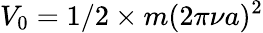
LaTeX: V_{0}=1/2\times m(2\pi\nu a)^{2}